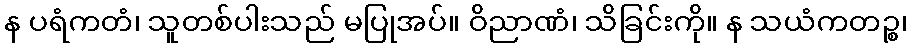
န ပရံကတံ၊ သူတစ်ပါးသည် မပြုအပ်။ ဝိညာဏံ၊ သိခြင်းကို။ န သယံကတဉ္စ၊